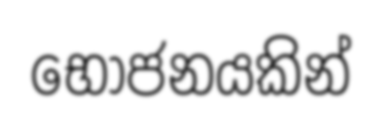
භෝජනයකින්